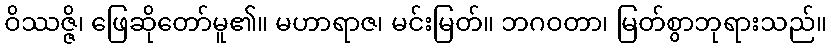
ဝိဿဇ္ဇိ၊ ဖြေဆိုတော်မူ၏။ မဟာရာဇ၊ မင်းမြတ်။ ဘဂဝတာ၊ မြတ်စွာဘုရားသည်။